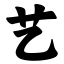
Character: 艺